Riigikantselei, lk 148
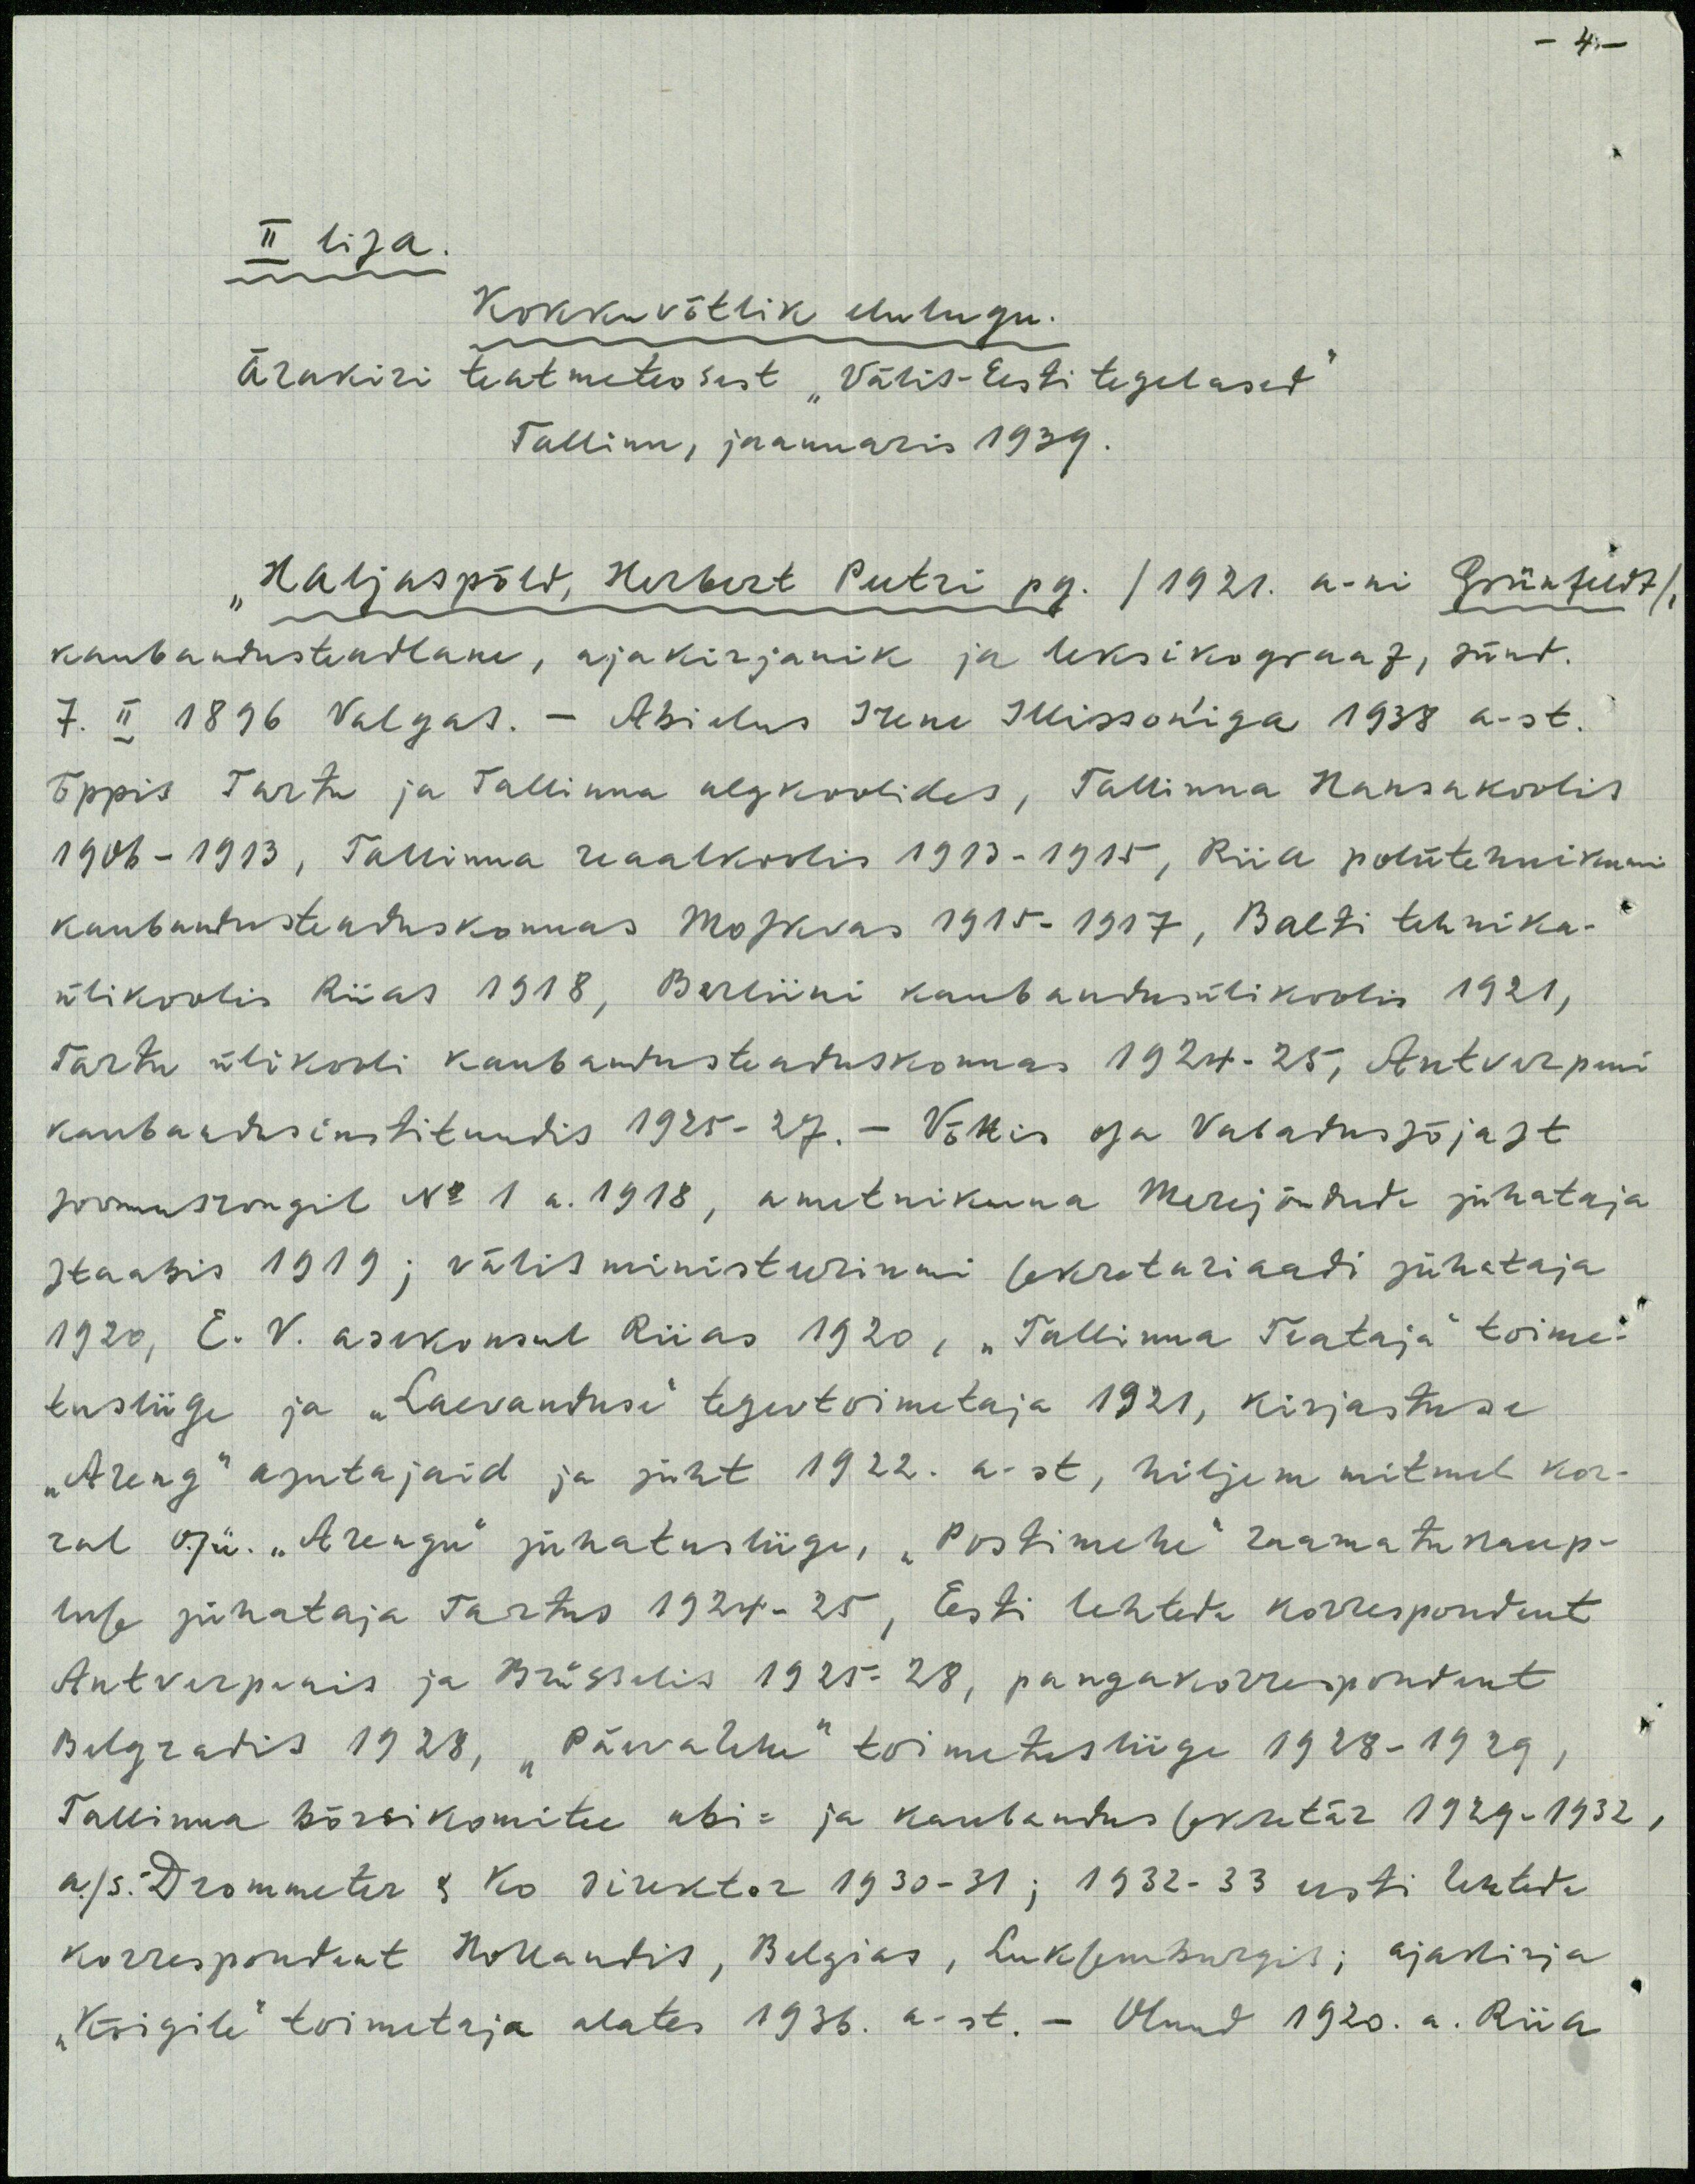
- 4.
II lisa.
Kokkuvõtlik elulugu.
Ärakiri teatmeteosest "Välis-Eesti tegelased"
Tallinn, jaanuaris 1939.
Haljaspõld, Herbert Peetri pg. /1921. a.ni Grünfeldt/
kaubandustendlane, ajakirjanik ja leksikograaf, sünd.
7. II 1896 Valgas. - Abielus Irene Illisson'iga 1918 a-st.
õppis Tartu ja Tallinna algkoolides, Tallinnas Hansakoolis
1906-1913, Tallinna reaalkoolis 1913-1915, Riia polütehnikumis
kaubandusteaduskonnas Moskvas 1915-1917, Balti tehnika-
ülikoolis Riias 1918, Berliini kaubandusülikoolis 1921,
Tartu ülikooli kaubandusteaduskonnas 1924 a. 25, Antverpeni
kaubandusinstituudis 1925-27. - Võttis osa Vabadussõjast
soomusrongil No 1 a. 1918, ametnikuna Merejõudude juhataja
Staabis 1919; välis ministeeriumi sekretariaadi juhataja
1920, E. V. ärakonsul Riias 1920, "Tallinna Teataja" toime-
tusliige ja "Laevanduse" tegevtoimetaja 1921, kirjastuse
"Areng" asutajaid ja juht 1922. a.st, hiljem mitmel kor-
ral O/ü "Arengu" juhatusliige, "Postimehe" raamatukaup-
luse juhataja Tartus 1924-25, Eesti lehtede korrespondent
Antverpenis ja Brüsselis 1925-28, pangakorrespondent
Belgradis 1928, "Päevalehe" toimetusliige 1928-1929,
Tallinna börsikomitee abi- ja kaubandus sekretär 1929-1932.
a./s. Drommeter & Ko direktor 1930-31; 1932-33 eesti lehtede
korrespondent Hollandis, Belgias, Luksemburgis, ajakirja
"Kõigile" toimetaja alates 1936. a-st. - Olnud 1920.a. Riia